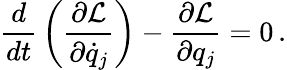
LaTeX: {\frac{d}{dt}}\left({\frac{\partial{\mathcal{L}}}{\partial{\dot{q}}_{j}}}\right)-{\frac{\partial{\mathcal{L}}}{\partial q_{j}}}=0\, .